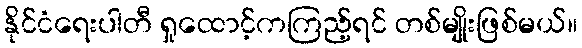
နိုင်ငံရေးပါတီ ရှုထောင့်ကကြည့်ရင် တစ်မျိုးဖြစ်မယ်။